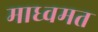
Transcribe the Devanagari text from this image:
माध्वमत